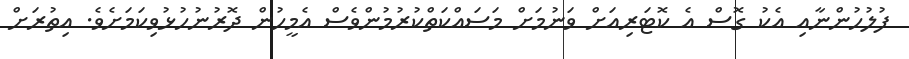
ފުލުހުންނާއި އެކު ގޮސް އެ ކޮޓަރިއަށް ވަނުމަށް މަސައްކަތްކުރުމުންވެސް އެމީހުން ދޮރުނުހުޅުވިކަމަށެވެ. އިތުރަށް